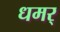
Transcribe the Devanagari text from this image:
धमर्